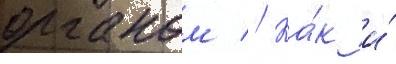
органом // Ка́к и́